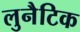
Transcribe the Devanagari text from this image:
लुनैटिक